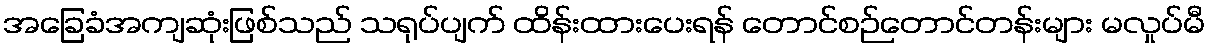
အခြေခံအကျဆုံးဖြစ်သည် သရုပ်ပျက် ထိန်းထားပေးရန် တောင်စဉ်တောင်တန်းများ မလှုပ်မီ